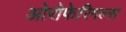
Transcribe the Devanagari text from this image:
ओरोफेरिगल्स